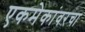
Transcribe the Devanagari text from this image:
एकमेकांवरचा